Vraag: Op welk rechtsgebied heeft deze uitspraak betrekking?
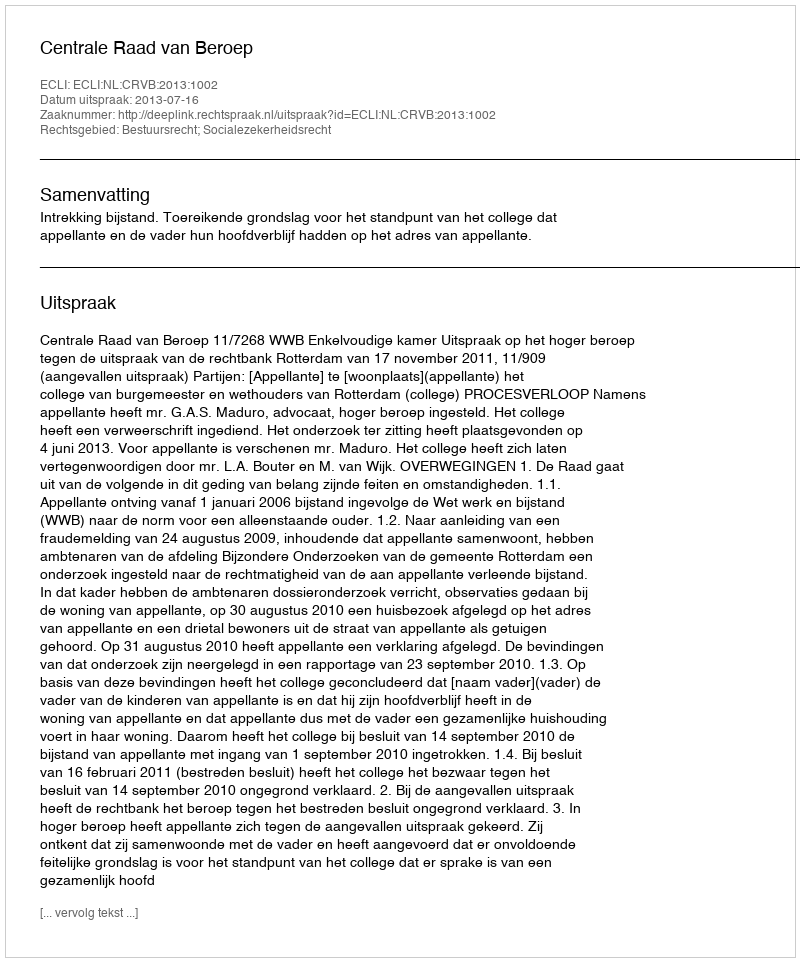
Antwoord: Bestuursrecht; Socialezekerheidsrecht